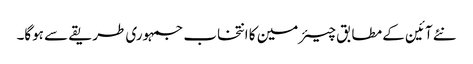
نئے آئین کے مطابق چیئرمین کا انتخاب جمہوری طریقے سے ہوگا۔